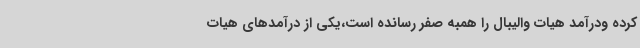
کرده ودرآمد هیات والیبال را همبه صفر رسانده است،یکی از درآمدهای هیات